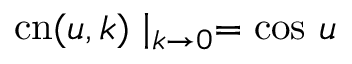
\mathrm { c n } ( u , k ) \mid _ { k \rightarrow 0 } = \cos \, u